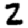
Digit: 2